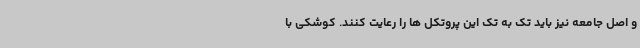
و اصل جامعه نیز باید تک به تک این پروتکل ها را رعایت کنند. کوشکی با